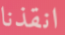
انقذنا